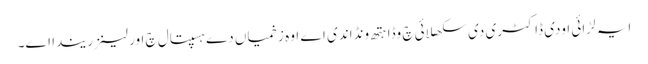
ایہ لڑائی اودی ڈاکٹری دی سکھلائی چ وڈا ہتھ ونڈاندی اے اوہ زخمیاں دے ہسپتال چ اورلینز ریندا اے۔